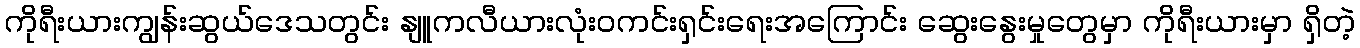
ကိုရီးယားကျွန်းဆွယ်ဒေသတွင်း နျူကလီယားလုံးဝကင်းရှင်းရေးအကြောင်း ဆွေးနွေးမှုတွေမှာ ကိုရီးယားမှာ ရှိတဲ့